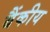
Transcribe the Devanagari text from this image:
बैंकीय